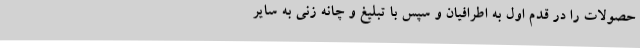
حصولات را در قدم اول به اطرافیان و سپس با تبلیغ و چانه زنی به سایر